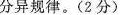
分异规律。(2分)